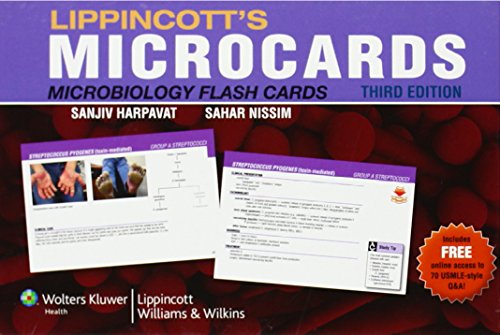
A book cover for Lippincott's Microcards: Microbiology Flash Cards by Sanjiv Harpavat and Sahar Nissim, Third Edition; Sanjiv Harpavat MD; Test Preparation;